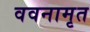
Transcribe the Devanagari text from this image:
ववनामृत